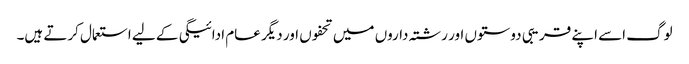
لوگ اسے اپنے قریبی دوستوں اور رشتہ داروں میں تحفوں اور دیگر عام ادائیگی کے لیے استعمال کرتے ہیں۔